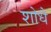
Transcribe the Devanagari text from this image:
शोधै